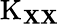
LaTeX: \operatorname{K}_{\mathbf{X}\mathbf{X}}